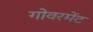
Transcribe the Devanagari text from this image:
गोवरमेंट